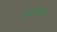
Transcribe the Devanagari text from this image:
जिलाख्यक्षों